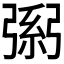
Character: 𢐐